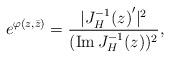
LaTeX: \begin{align*}e^{ \varphi(z,\bar {z})}={|{J_H^{-1}(z)}'|^2\over({\rm Im}\,J_H^{-1}(z))^2},\end{align*}